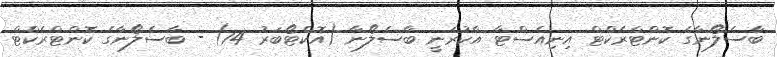
ބާސެލޯނާގެ ކޮންޓްރެކްޓް އިނިއެސްޓާ އާކުރަނީ ބާސެލޯނާ (އޮކްޓޯބަރު 14) - ބާސެލޯނާގެ ކޮންޓްރެކްޓް